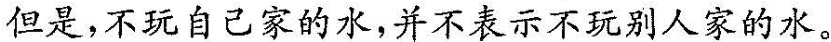
但是，不玩自己家的水，并不表示不玩别人家的水。